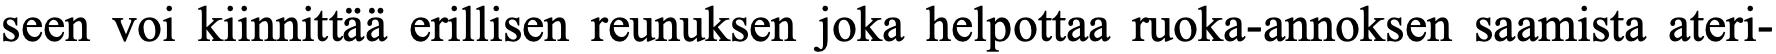
seen voi kiinnittää erillisen reunuksen joka helpottaa ruoka-annoksen saamista ateri-